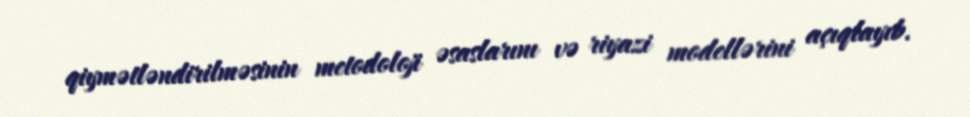
qiymətləndirilməsinin metodoloji əsaslarını və riyazi modellərini açıqlayıb.